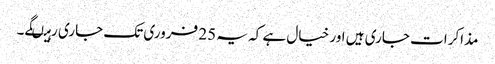
مذاکرات جاری ہیں اور خیال ہے کہ یہ 25 فروری تک جاری رہیںگے۔